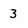
Character: 3